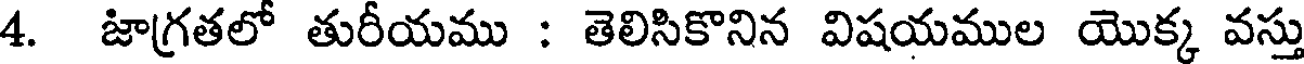
4. జాగ్రతలో తురీయము : తెలిసికొనిన విషయముల యొక్క వస్తు